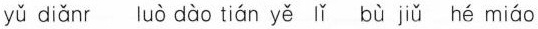
yǔ diǎnr luò dào tián yě lǐ bù jiǔ hé miáo